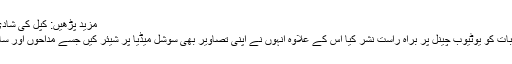
مزید پڑھیں: کپل کی شادی کا میٹھا دعوت نامہ توجہ کا مرکز
مزاحیہ اداکار نے اپنی شادی کی تقریبات کو یوٹیوب چینل پر براہ راست نشر کیا اس کے علاوہ انہوں نے اپنی تصاویر بھی سوشل میڈیا پر شیئر کیں جسے مداحوں اور ساتھی فنکاروں نے بہت زیادہ پسند کیا۔